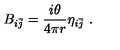
B _ { i \bar { j } } = \frac { i \theta } { 4 \pi r } \eta _ { i \bar { j } } \ .